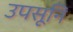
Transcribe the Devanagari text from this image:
उपसूनि